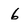
Character: 6